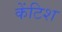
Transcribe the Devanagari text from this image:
केंटिश